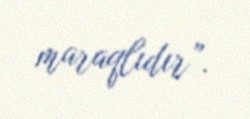
maraqlıdır”.